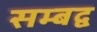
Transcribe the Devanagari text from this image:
सम्‍बद्व